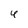
Character: 4